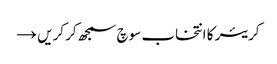
کریئر کا انتخاب سوچ سمجھ کر کریں →